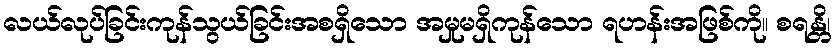
လယ်လုပ်ခြင်းကုန်သွယ်ခြင်းအစရှိသော အမှုမရှိကုန်သော ရဟန်းအဖြစ်ကို။ စရန္တိ၊